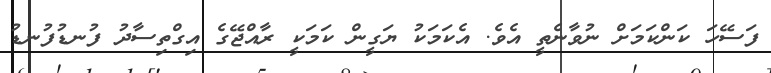
ފަސޭހަ ކަންކަމަށް ނުވާނެތީ އެވެ. އެކަމަކު ޔަގީން ކަމަކީ ރާއްޖޭގެ އިގްތިސާދު ފުނޑުފުނޑު